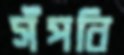
সঁপবি